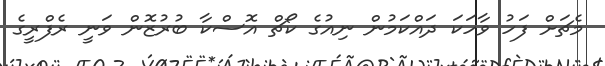
މެޗަށް ފަހު ވާހަކަ ދައްކަމުން ނިއުގެ ކޯޗް އޮސްކާ ބުރުޒޮން ވަނީ ރެފްރީގެ